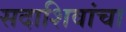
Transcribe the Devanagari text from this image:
सदाशिवांचा